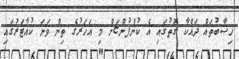
ހިސާބުތައް ދައްކާ ގޮތުގައި އެ ކުންފުންޏަށް މި އަހަރުގެ ތިން ވަނަ ކުއާޓަރުގައި